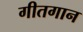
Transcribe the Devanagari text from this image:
गीतगान